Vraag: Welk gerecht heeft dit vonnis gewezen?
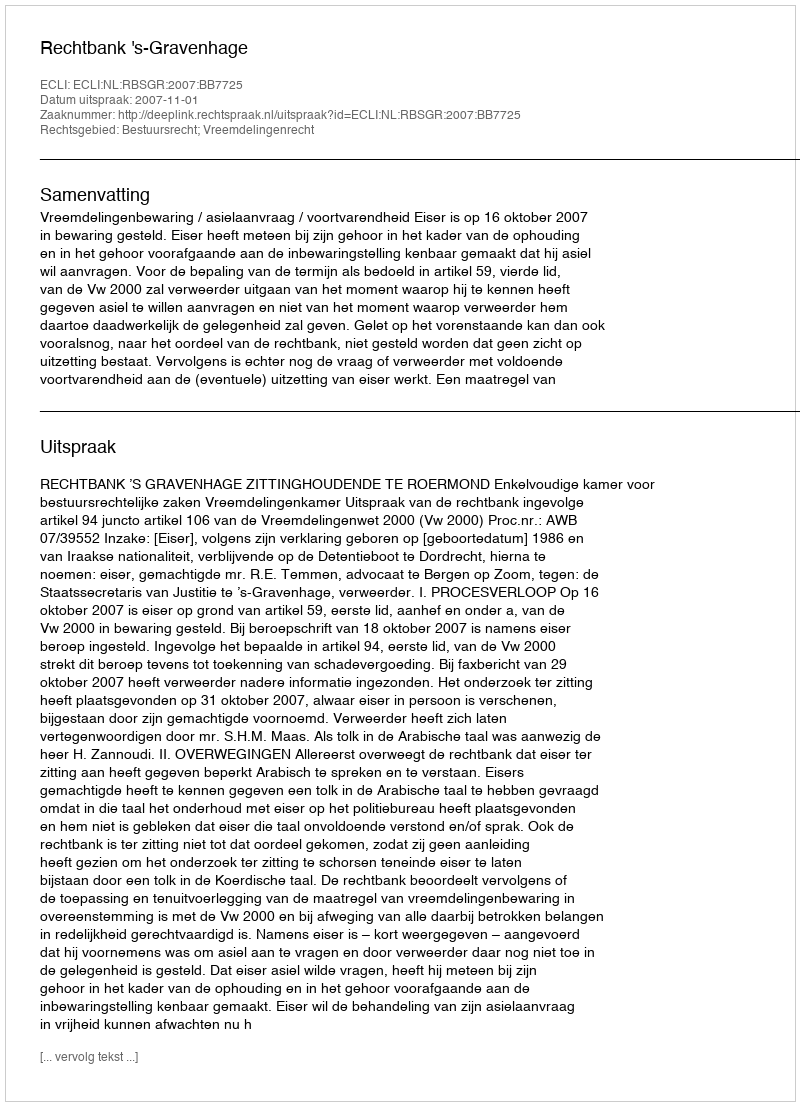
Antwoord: Rechtbank 's-Gravenhage